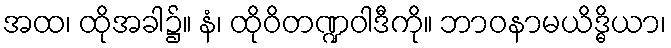
အထ၊ ထိုအခါ၌။ နံ၊ ထိုဝိတဏ္ဍဝါဒီကို။ ဘာဝနာမယိဒ္ဓိယာ၊